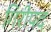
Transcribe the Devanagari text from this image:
गिरीपद